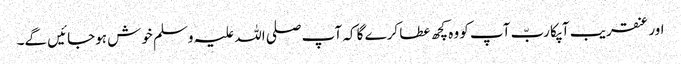
اور عنقریب آپکا ربّ آپ کو وہ کچھ عطا کرے گا کہ آپ صلی اللہ علیہ وسلم خوش ہوجائیں گے۔